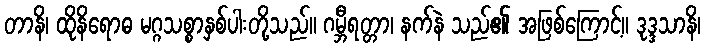
တာနိ၊ ထိုနိရောဓ မဂ္ဂသစ္စာနှစ်ပါးတို့သည်။ ဂမ္ဘီရတ္တာ၊ နက်နဲ သည်၏ အဖြစ်ကြောင့်။ ဒုဒ္ဒသာနိ၊